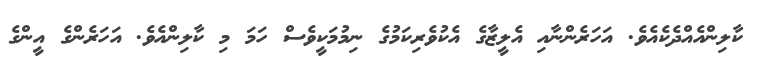
ކާލިންއެއްދެކެއެވެ. އަހަރެންނާއި އެލީޒާގެ އެކުވެރިކަމުގެ ނިމުމަކީވެސް ހަމަ މި ކާލިންއެވެ. އަހަރެންގެ އީންގެ